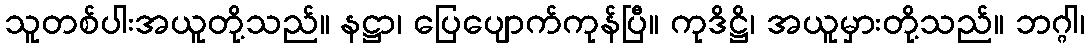
သူတစ်ပါးအယူတို့သည်။ နဋ္ဌာ၊ ပြေပျောက်ကုန်ပြီ။ ကုဒိဋ္ဌိ၊ အယူမှားတို့သည်။ ဘဂ္ဂါ၊